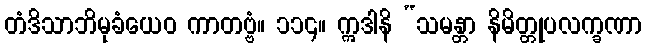
တံဒိသာဘိမုခံယေဝ ကာတဗ္ဗံ။ ၁၁၄။ ဣဒါနိ “သမန္တာ နိမိတ္တုပလက္ခဏာ